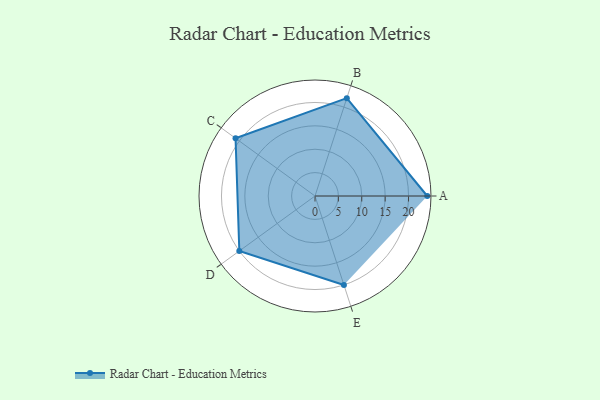
{"axis": {"x": "Skill", "y": "Score"}, "legend": ["Profile"], "data": [{"x": "A", "y": 24.0, "type": "Profile"}, {"x": "B", "y": 22.0, "type": "Profile"}, {"x": "C", "y": 21.0, "type": "Profile"}, {"x": "D", "y": 20.0, "type": "Profile"}, {"x": "E", "y": 20, "type": "Profile"}]}